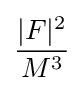
{\frac {|F|^{2}}{M^{3}}}